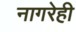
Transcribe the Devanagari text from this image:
नागरेही